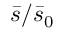
\bar { s } / \bar { s } _ { 0 }